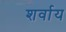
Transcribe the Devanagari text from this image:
शर्वाय